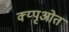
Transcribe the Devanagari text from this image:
क्य्पृओत